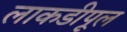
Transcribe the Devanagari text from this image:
लाकडीपूल